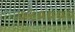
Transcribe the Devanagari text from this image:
७२००००